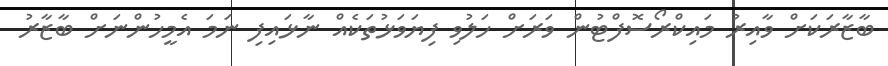
ބާޒާރަކަށް ވާއިރު މައިކްރޯސޮފްޓުން ވަރަށް ހަލުވި ފިޔަވަޅުތަކެއް ނާޅައިފި ނަމަ އެމީހުންނަށް ބާޒާރު